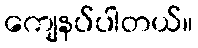
ကျေနပ်ပါတယ်။